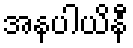
အနပါယိနီ